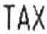
TAX